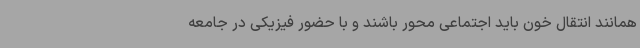
همانند انتقال خون باید اجتماعی محور باشند و با حضور فیزیکی در جامعه